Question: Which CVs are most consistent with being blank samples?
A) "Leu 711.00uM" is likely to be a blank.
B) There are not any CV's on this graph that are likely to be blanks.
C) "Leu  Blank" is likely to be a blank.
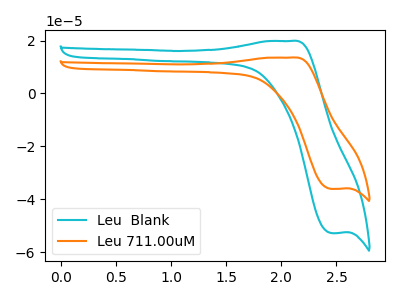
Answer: <think>The cyan curve "Leu  Blank" has an anodic peak at (2.10V, 19.80uA) and a cathodic peak at (2.45V, -52.80uA). The orange curve "Leu 711.00uM" has an anodic peak at (2.10V, 13.55uA) and a cathodic peak at (2.45V, -36.10uA).</think>
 <answer>B) There are not any CV's on this graph that are likely to be blanks.</answer>
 <eval>B</eval>